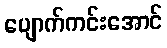
ပျောက်ကင်းအောင်